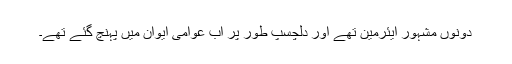
دونوں مشہور ایئرمین تھے اور دلچسپ طور پر اب عوامی ایوان میں پہنچ گئے تھے۔